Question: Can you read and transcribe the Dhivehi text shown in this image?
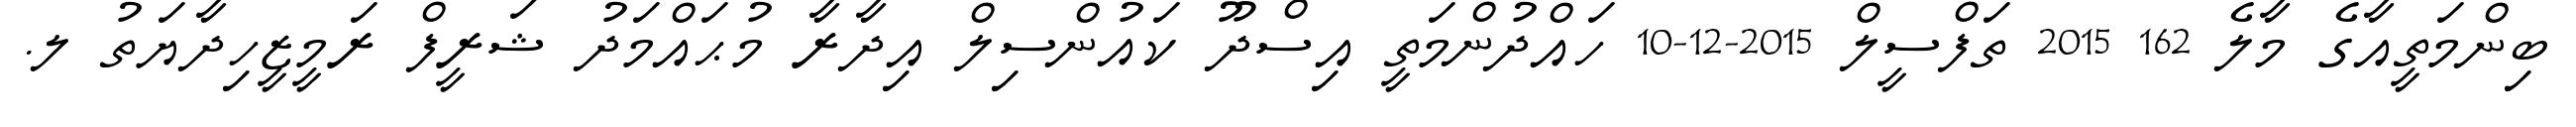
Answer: ބިންމަތީއާގެ މާލެ 162 2015 ތަފްސީލް 2015-12-10 ހައްދުންމަތީ އިސްދޫ ކައުންސިލް އިދާރާ މުޙައްމަދު ޝަރީފް ރަމީޒީހިދާޔަތު ލ.